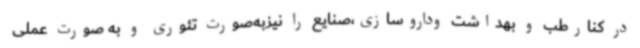
در کنارطب و بهداشت وداروسازی،صنایع را نیزبه‌صورت تئوری و به صورت عملی